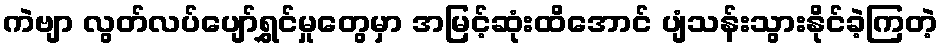
ကဲဗျာ လွတ်လပ်ပျော်ရွှင်မှုတွေမှာ အမြင့်ဆုံးထိအောင် ပျံသန်းသွားနိုင်ခဲ့ကြတဲ့